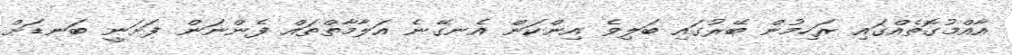
އާއްމުގޮތެއްގައި ރަހިމުން ބޭރުގައި ބަލިވެ އިންކަން އެނގޭނެ އަލާމާތްތައް ފެންނަން ފަށަނީ ބަނޑަށް